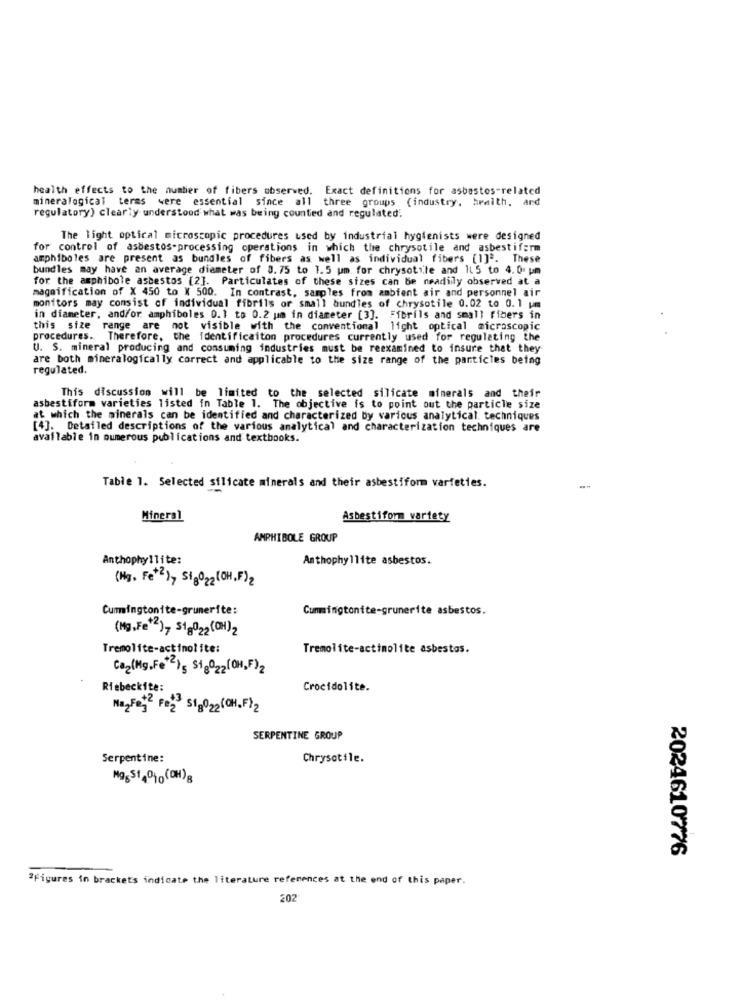
health effects to the number of fibers observed. Exact definitions for asbestos-related
mineralogical terms were essential since all three groups (industry, health, and
regulatory) clearly understood what was being counted and regulated.
The light optical microscopic procedures used by industrial hygienists were designed
for control of asbestos-processing operations in which the chrysotile and asbestifarm
amphiboles are present as bundles of fibers as well as individual fibers [1]ª. These
bundles may have an average diameter of 3.75 to 1.5 um for chrysotile and 1L 5 to 4.0 pm
for the amphibole asbestos [2]. Particulates of these sizes can be neadilly observed at a
magnification of X 450 to X 500. In contrast, samples from zabient air and personnel air
monitors may consist of individual fibrils or small bundles of chrysotile 0.02 to 0.1 pm
in diameter, and/or amphiboles 0.1 to 0.2 um in diameter [3]. Fibrils and small fibers in
this size range are not visible with the conventional licht optical microscopic
procedures. Therefore, the Identificaiton procedures currently used for regulating the
U. S. mineral producing and consuming industries must be reexamined to insure that they
are both mineralogically correct and applicable to the size range of the particles being
regulated.
This discussion will be limited to the selected silicate minerals and their
asbestiform varieties listed in Table 1. The objective is to point out the particle size
at which the minerals can be identified and characterized by various analytical. techniques
[4]. Detailed descriptions of the various analytical and characterization techniques are
available in numerous publications and textbooks.
Table 1. Selected silicate minerals and their asbestiform varfeties.
Mineral
Asbestiform vartety
AMPHIBOLE GROUP
Anthophyllite:
Anthophy 1lite asbestos.
(Hg. Fe* )> Sig022(OH.F)2
Cummingtonite-grunerite:
Cummingtonite-grunerite asbestos.
(Mg,Fe*2)7 Sig022(CH)2
Tremolite-actinolite:
Tremolite-actimolite asbestos.
Ca2(Mg,Fe 15 Sig022(H,F)2
Riebeckite:
Crocidolite.
Na2Fet2 Fe23 Sig022(CH.F)2
SERPENTINE GROUP
Serpentine:
Chrysotile.
MagS140%o(DH)8
2024610776
"Figures in brackets indicate the literature references at the end of this paper.
202